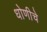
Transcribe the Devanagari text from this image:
धोणीचे